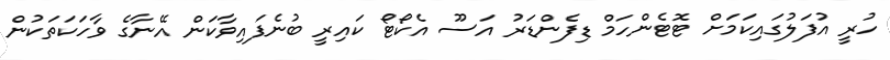
ހުރީ އުފަލުގައިކަމަށް ޓޮޓެންހަމް ޑިފެންޑަރު އަސޫ އެކޯޓޯ ކައިރީ ބުނެފައިވާކަން އޭނާގެ ވާހަކަތަކުން